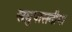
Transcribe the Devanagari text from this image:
समुपासनीया